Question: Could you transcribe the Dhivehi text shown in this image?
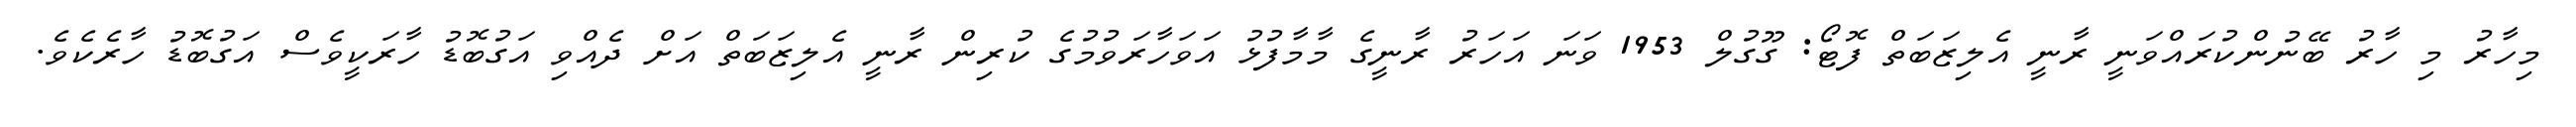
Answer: މިހާރު މި ހާރު ބޭނުންކުރައްވަނީ ރާނީ އެލިޒަބަތް ފޮޓޯ: ގޫގުލް 1953 ވަނަ އަހަރު ރާނީގެ މާމާފުޅު އަވަހާރަވުމުގެ ކުރިން ރާނީ އެލިޒަބަތް އަށް ދެއްވި އަގުބޮޑު ހާރަކީވެސް އަގުބޮޑު ހާރެކެވެ.